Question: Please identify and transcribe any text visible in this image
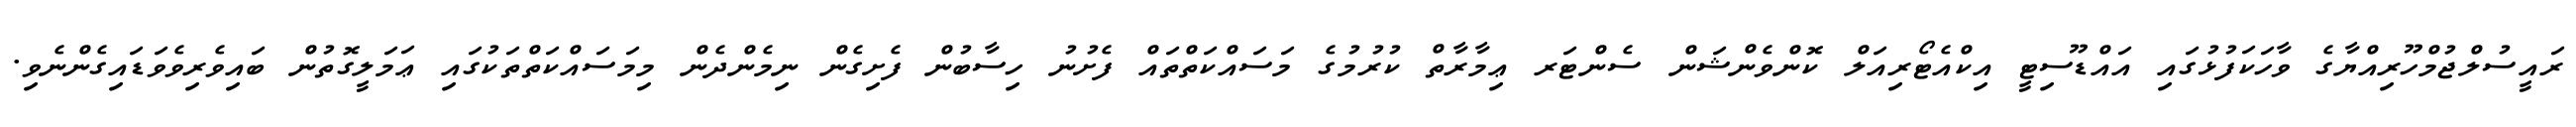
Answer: ރައީސުލްޖުމްހޫރިއްޔާގެ ވާހަކަފުޅުގައި އައްޑޫސިޓީ އިކްއެޓޯރިއަލް ކޮންވެންޝަން ސެންޓަރ ޢިމާރާތް ކުރުމުގެ މަސައްކަތްތައް ފެށުނު ހިސާބުން ފެށިގެން ނިމެންދެން މިމަސައްކަތްތަކުގައި ޢަމަލީގޮތުން ބައިވެރިވެވަޑައިގެންނެވި.